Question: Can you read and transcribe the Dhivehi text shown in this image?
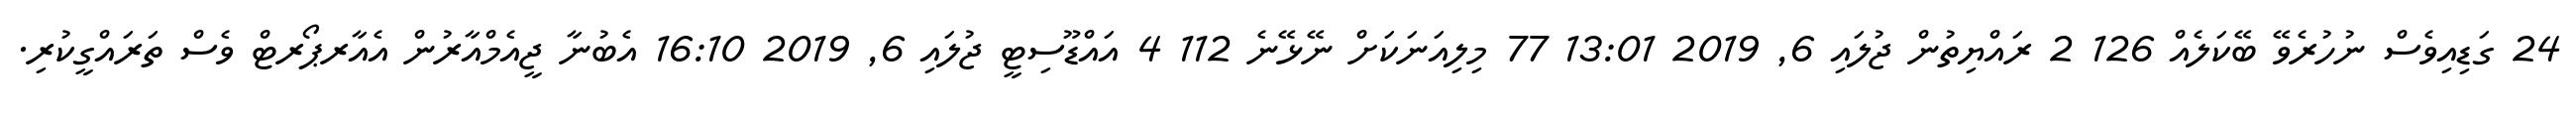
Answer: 24 ގަޑިއިވެސް ނުހުރެވޭ ބޭކަލެއް 126 2 ރައްޔިތުން ޖުލައި 6, 2019 13:01 77 މިލިއަނަކަށް ނޭޅޭނެ 112 4 އައްޑޫސިޓީ ޖުލައި 6, 2019 16:10 އެބުނާ ޖީއެމްއާރުން އެއާރޕޯރޓް ވެސް ތަރައްގީކުރި.